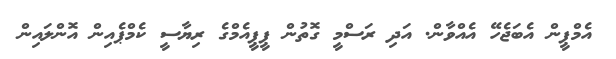
އެމްޕީން އެބަޖެހޭ އެއްވާން. އަދި ރަސްމީ ގޮތުން ޕީޕީއެމްގެ ރިޔާސީ ކެމްޕެއިން އޮންލައިން